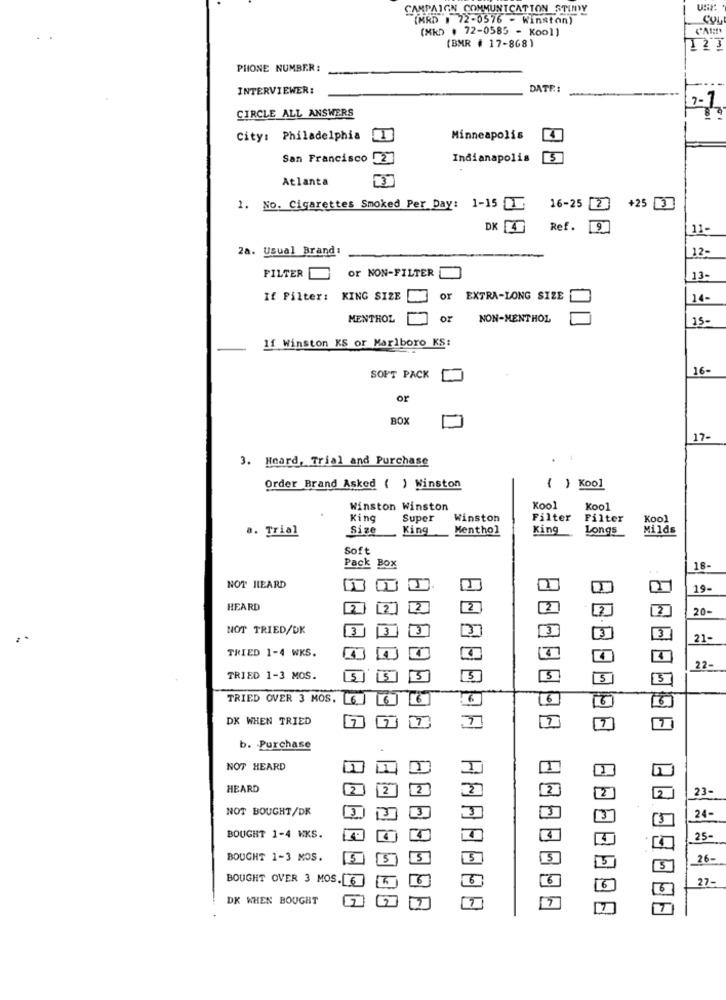
CAMPAIGN COMMUNICATION STIMY
(MRD . 72-0576 - Winston)
(MkD . 72-0585 - Kool)
(BMR # 17-868)
123
PHONE NUMBER:
INTERVIEWER:
DATE:
CIRCLE ALL ANSWERS
2-1
City: Philadelphia
1
Minneapolis
San Francisco
2
Indianapolis
Atlanta
3
1. No. Cigarettes Smoked Per Day: 1-15 1
16-25 2
+25 3
DK4
Ref.
11-
2a. Usual Brand:
12-
or NON-FILTER
FILTER
13
If Pilter:
KING SIZE
or EXTRA-LONG SIZE
14-
MENTHOL
OF NON-MENTHOL
15-
1f Winston KS or Marlboro KS:
16-
SOFT PACK
or
BOX
17-
3. Heard, Trial and Purchase
Order Brand Asked ( ) Winston
{ } Kool
Winston Winston
Kool
Kool
King
Super
Winston
Filter
Filter
Kool
a. Trial
Size
King
Menthol
King
Longs
Milds
Soft
Pack Box
18-
NOT HEARD
19-
HEARD
20-
NOT TRIED/DK
3
3
3
21-
TRIED 1-4 WKS.
22-
TRIED 1-3 MOS.
.5
15
5
TRIED OVER 3 MOS.
6
6
6
DK WHEN TRIED
12
7
7
b. Purchase
NOT HEARD
HEARD
12
2
2
2
23-
NOT BOUGHT/DK
3
24-
BOUGHT 1-4 NKS.
4
25-
BOUGHT 1-3 MOS.
5
5
26-
5
BOUGHT OVER 3 MOS.6
6
27-
6
DK WHEN BOUGHT